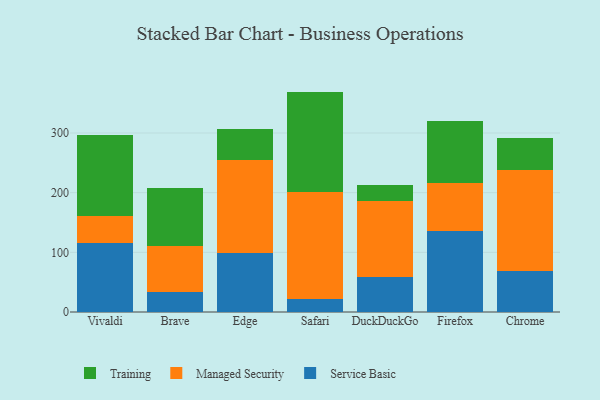
{"axis": {"x": "Browser", "y": "Shipments"}, "legend": ["Managed Security", "Service Basic", "Training"], "data": [{"x": "Vivaldi", "y": 115.8, "type": "Service Basic"}, {"x": "Vivaldi", "y": 44.7, "type": "Managed Security"}, {"x": "Vivaldi", "y": 135.5, "type": "Training"}, {"x": "Brave", "y": 33.3, "type": "Service Basic"}, {"x": "Brave", "y": 76.8, "type": "Managed Security"}, {"x": "Brave", "y": 97.5, "type": "Training"}, {"x": "Edge", "y": 98.5, "type": "Service Basic"}, {"x": "Edge", "y": 156.6, "type": "Managed Security"}, {"x": "Edge", "y": 51.2, "type": "Training"}, {"x": "Safari", "y": 21.8, "type": "Service Basic"}, {"x": "Safari", "y": 178.5, "type": "Managed Security"}, {"x": "Safari", "y": 169.1, "type": "Training"}, {"x": "DuckDuckGo", "y": 58.4, "type": "Service Basic"}, {"x": "DuckDuckGo", "y": 127.8, "type": "Managed Security"}, {"x": "DuckDuckGo", "y": 26.4, "type": "Training"}, {"x": "Firefox", "y": 136.0, "type": "Service Basic"}, {"x": "Firefox", "y": 79.7, "type": "Managed Security"}, {"x": "Firefox", "y": 104.2, "type": "Training"}, {"x": "Chrome", "y": 68.4, "type": "Service Basic"}, {"x": "Chrome", "y": 169.3, "type": "Managed Security"}, {"x": "Chrome", "y": 54.2, "type": "Training"}]}